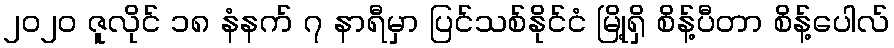
၂၀၂၀ ဇူလိုင် ၁၈ နံနက် ၇ နာရီမှာ ပြင်သစ်နိုင်ငံ မြို့ရှိ စိန့်ပီတာ စိန့်ပေါလ်